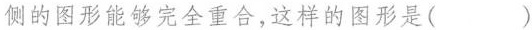
侧的图形能够完全重合，这样的图形是()